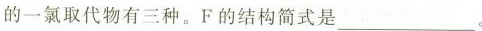
的一氯取代物有三种。F的结构简式是___。